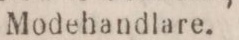
Modehandlare.